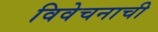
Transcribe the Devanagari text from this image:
विवेचनाची